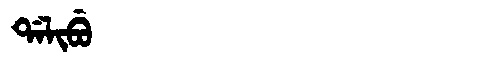
Manchu: ᡩᠠᠯᡳᠪᡠ
Romanization: DALIBU